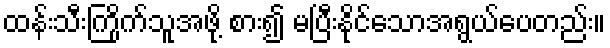
ထန်းသီးကြိုက်သူအဖို့ စား၍ မပြီးနိုင်သောအရွယ်ပေတည်း။